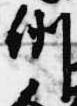
例